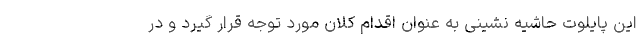
این پایلوت حاشیه نشینی به عنوان اقدام کلان مورد توجه قرار گیرد و در